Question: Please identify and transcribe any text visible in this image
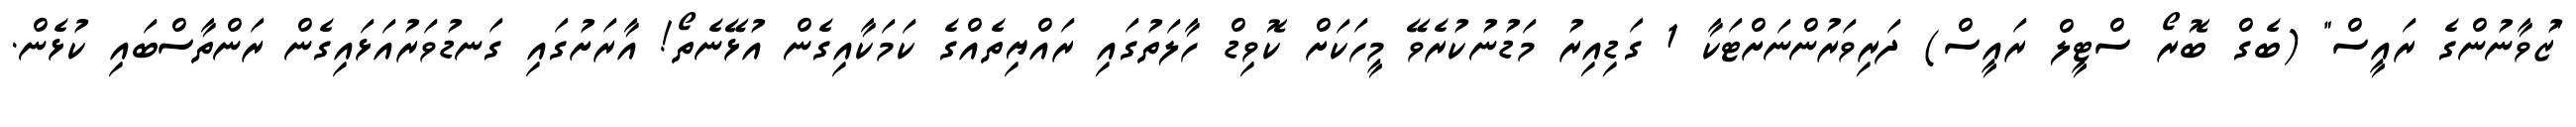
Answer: "ޒުވާނުންގެ ރައީސް" (ބެގް ބޮރޯ ސްޓީލް ރައީސް) ދަރިވަރުންނަށްޓަކާ 1 ގަޑިއިރު މަޑުނުކުރެވޭ މީހަކަށް ކޮވިޑް ހާލަތުގައި ރައްޔިތެއްގެ ކަމަކާއިގެން އުޅޭނެތޯ! އާރަށުގައި ގަނޑުވަރުއަޅައިގެން ރަންތާސްބައި ކުޅެން.